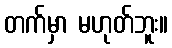
တက်မှာ မဟုတ်ဘူး။